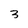
Character: 3